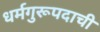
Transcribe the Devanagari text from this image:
धर्मगुरूपदाची